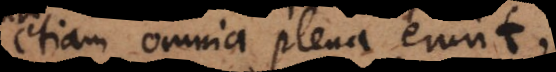
etiam omnia plena erunt,